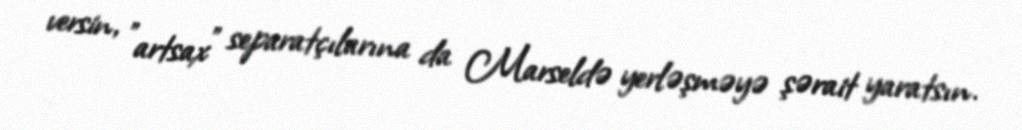
versin, "artsax" separatçılarına da Marseldə yerləşməyə şərait yaratsın.